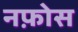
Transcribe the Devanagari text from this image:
नफ़ोस